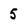
Character: 5